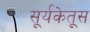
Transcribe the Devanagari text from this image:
सूर्यकेतूस